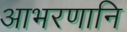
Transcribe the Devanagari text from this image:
आभरणानि